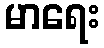
မာရေး